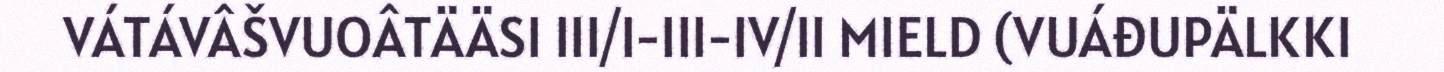
VÁTÁVÂŠVUOÂTÄÄSI III/I-III-IV/II MIELD (VUÁĐUPÄLKKI